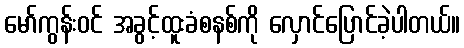
မော်ကွန်းဝင် အခွင့်ထူးခံစနစ်ကို လှောင်ပြောင်ခဲ့ပါတယ်။